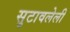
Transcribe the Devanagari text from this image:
सुटावलेली